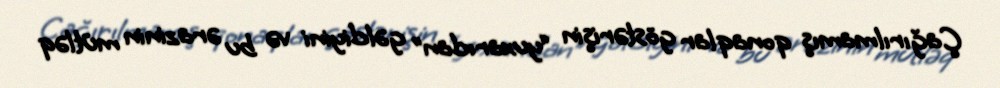
Çağırılmamış qonaqlar göstərişin “yuxarıdan” gəldiyini və bu ərazinin mütləq